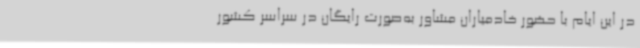
در این ایام با حضور خادمیاران مشاور به‌صورت رایگان در سراسر کشور